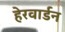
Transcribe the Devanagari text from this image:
हेरवार्डन